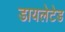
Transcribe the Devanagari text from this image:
डायलेटेड